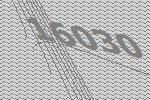
16030